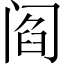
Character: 阎